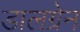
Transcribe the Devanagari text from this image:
डालग्रेन